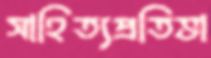
সাহিত্যপ্রতিভা